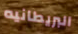
البريطانيه